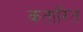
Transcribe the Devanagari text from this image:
कतारित